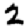
Digit: 2